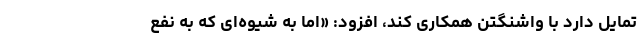
تمایل دارد با واشنگتن همکاری کند، افزود: «اما به شیوه‌ای که به نفع